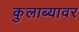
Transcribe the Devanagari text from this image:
कुलाब्यावर